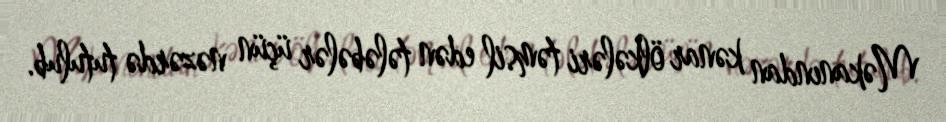
Məkanından kənar ölkələri təmsil edən tələbələr üçün nəzərdə tutulub.